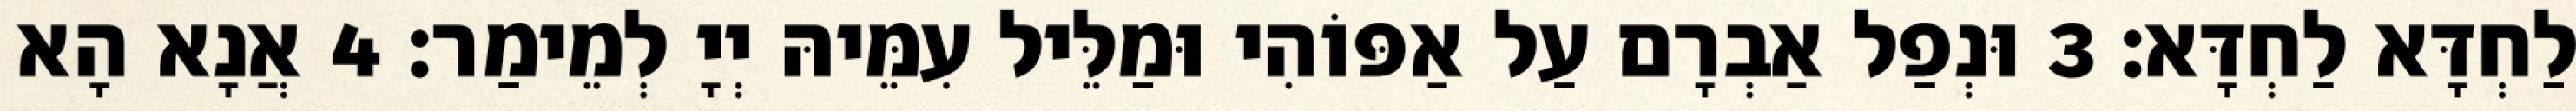
לַחְדָּא לַחְדָּא׃ 3 וּנְפַל אַבְרָם עַל אַפּוֹהִי וּמַלֵּיל עִמֵּיהּ יְיָ לְמֵימַר׃ 4 אֲנָא הָא